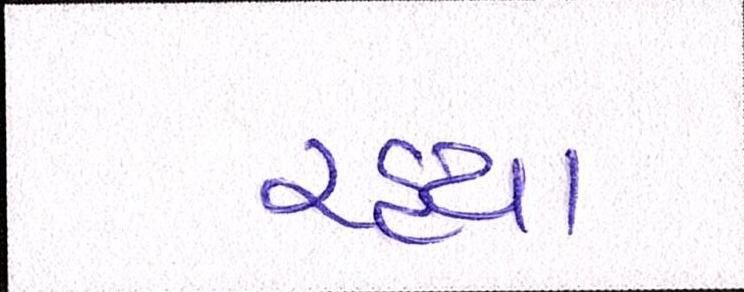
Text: રહ્યા